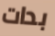
بدات